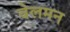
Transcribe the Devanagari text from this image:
वेलमन